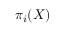
\pi _ { i } ( X )